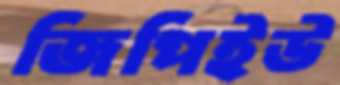
জিপিইউ